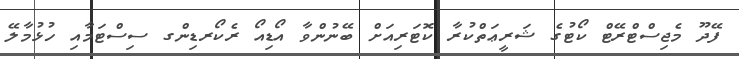
ފޭދޫ މެޖިސްޓްރޭޓް ކޯޓުގެ ޝަރީޢަތްކުރާ ކޮޓަރިއަށް ބޭނުންވާ އޯޑިއޯ ރެކޯރޑިންގ ސިސްޓަމާއި ހުޅުމާލޭ